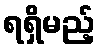
ရရှိမည့်